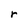
Character: r